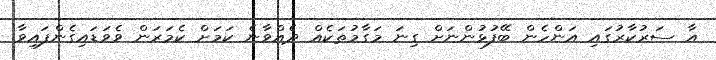
އާ ސަރުކާރުގައި އަންހެން ބޭފުޅުންނަށް ގިނަ މަގާމުތަކެއް ދެއްވާނެ ކަމަށް ކެމަރަން ވެވަޑައިގެންފައިވާ